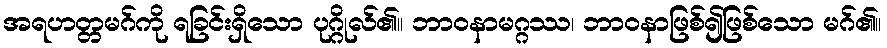
အရဟတ္တမဂ်ကို ရခြင်းရှိသော ပုဂ္ဂိုလ်၏။ ဘာဝနာမဂ္ဂဿ၊ ဘာဝနာဖြစ်၍ဖြစ်သော မဂ်၏။